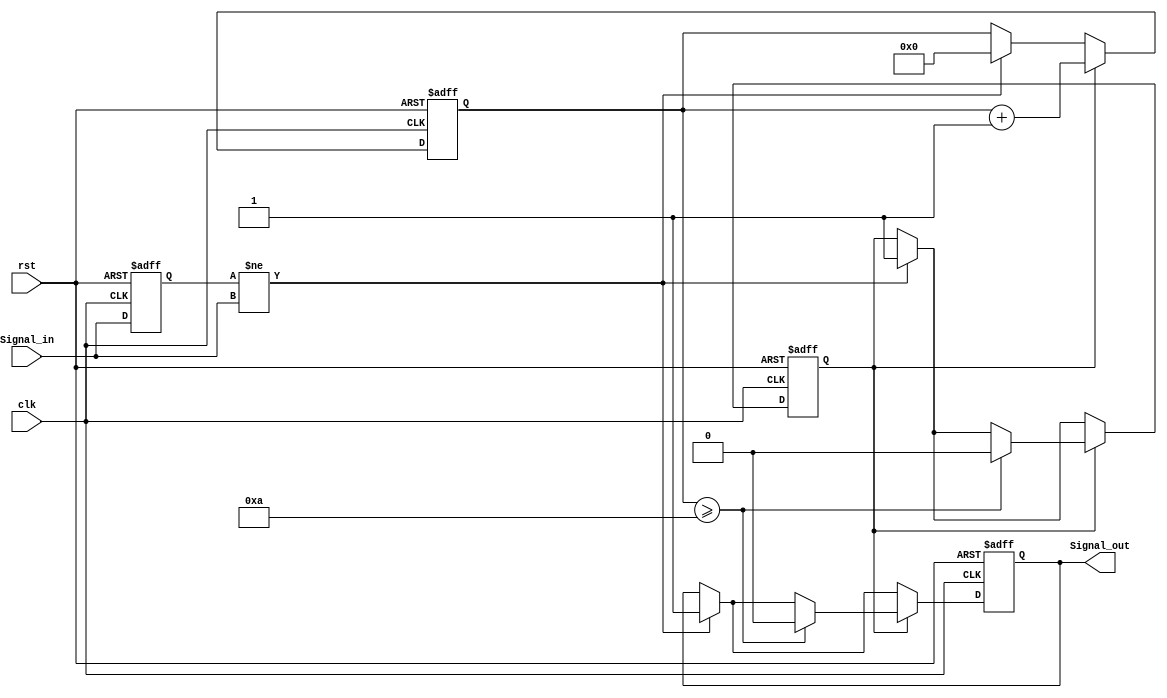
module MonostableEdgeDetector (
    input wire clk,          // Clock signal
    input wire rst,          // Reset signal
    input wire Signal_in,    // Input signal to monitor for edges
    output reg Signal_out     // Output pulse signal
);
    
    // Parameter for pulse width (in clock cycles)
    parameter PULSE_WIDTH = 10;  // Example: 10 clock cycles

    // State variables
    reg Signal_in_prev;          // Previous state of Signal_in
    reg [3:0] count;             // Counter for pulse width
    reg pulse_active;            // Indicates if the pulse is active

    // Edge detection and pulse generation
    always @(posedge clk or posedge rst) begin
        if (rst) begin
            Signal_in_prev <= 1'b0;
            Signal_out <= 1'b0;
            count <= 4'b0000;
            pulse_active <= 1'b0;
        end else begin
            // Edge detection
            if (Signal_in_prev != Signal_in) begin
                // Rising or falling edge detected
                Signal_out <= 1'b1; // Start pulse
                pulse_active <= 1'b1; // Mark pulse as active
                count <= 4'b0000; // Reset counter
            end
            
            // If pulse is active, increment counter
            if (pulse_active) begin
                count <= count + 1;
                // Check if we have reached the desired pulse width
                if (count >= PULSE_WIDTH) begin
                    Signal_out <= 1'b0; // End pulse
                    pulse_active <= 1'b0; // Mark pulse as inactive
                end
            end
            
            // Update previous input state
            Signal_in_prev <= Signal_in;
        end
    end
    
endmodule